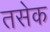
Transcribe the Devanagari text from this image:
तसेक